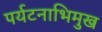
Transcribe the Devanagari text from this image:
पर्यटनाभिमुख